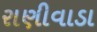
રાણીવાડા